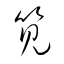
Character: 筧